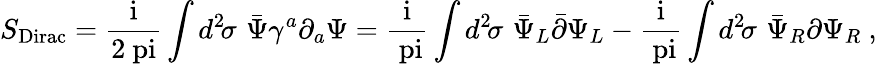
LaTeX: S_{\mathrm{Dirac}}=\mathrm{\frac{i}{2\ pi}}\int d^{2}\! \sigma\, \, {\bar{\Psi}}\gamma^{a}\partial_{a}\Psi=\mathrm{\frac{i}{\ pi}}\int d^{2}\! \sigma\, \, {\bar{\Psi}}_{L}{\bar{\partial}}\Psi_{L}-\mathrm{\frac{i}{\ pi}}\int d^{2}\! \sigma\, \, {\bar{\Psi}}_{R}{\partial}\Psi_{R}\ ,